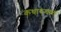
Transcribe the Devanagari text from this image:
कथारूपात